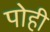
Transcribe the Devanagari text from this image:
पोही